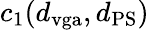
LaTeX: c_{1}(d_{\mathrm{vga}},d_{\mathrm{PS}})